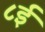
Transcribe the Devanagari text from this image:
८ई